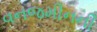
વનજમીનની